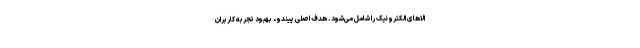
الاهای الکترونیک را شامل می‌شود. هدف اصلی پیندو، بهبود تجربه کاربران